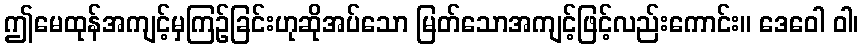
ဤမေထုန်အကျင့်မှကြဉ်ခြင်းဟုဆိုအပ်သော မြတ်သောအကျင့်ဖြင့်လည်းကောင်း။ ဒေဝေါ ဝါ၊